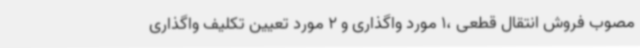
مصوب فروش انتقال قطعی ،1 مورد واگذاری و 2 مورد تعیین تکلیف واگذاری